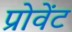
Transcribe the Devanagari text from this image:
प्रोवेंट